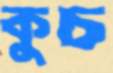
কুচ